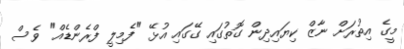
މީގެ އިތުރަށް ނާޒް ކިޔައިދިން ގޮތުގައި ގޭގައި އުޅޭ "ފެމިލީ ފްރެންޑެއް" ވެސް